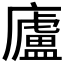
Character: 廬